Indian journal of veterinary science and animal husbandry - Volumes 28-29, 1958-1959
Year: 1958
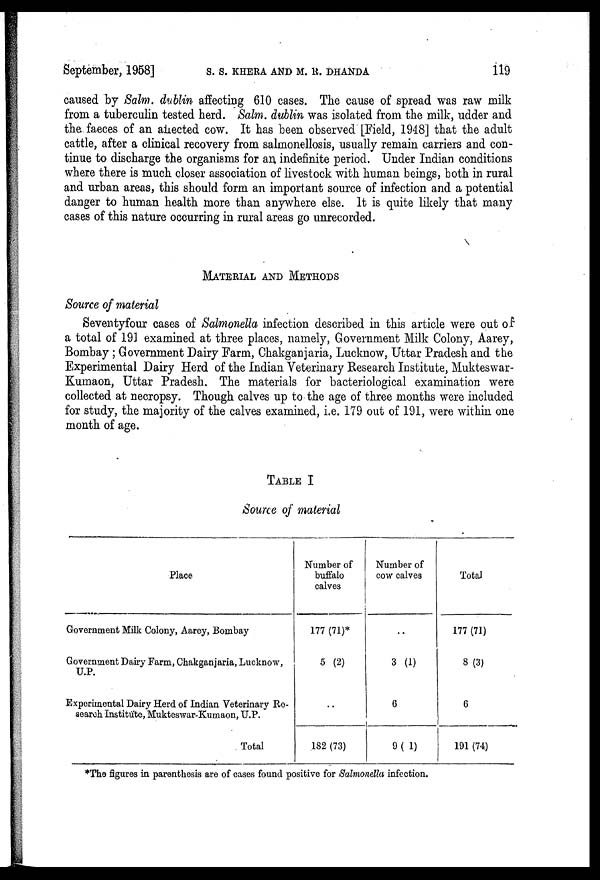
September, 1958]
S.
S.
KHER
AND
M.
R.
DHANDA
119
caused by Salm. dublin affecting 610 cases. The cause of spread was raw milk
from a tuberculin tested herd. Salm. dublin was isolated from the milk, udder and
the faeces of an affected cow. It has been observed [Field, 1948] that the adult
cattle, after a clinical recovery from salmonellosis, usually remain carriers and con-
tinue to discharge the organisms for an indefinite period. Under Indian conditions
where there is much closer association of livestock with human beings, both in rural
and urban areas, this should form an important source of infection and a potential
danger to human health more than anywhere else. It is quite likely that many
cases of this nature occurring in rural areas go unrecorded.
MATERIAL AND METHODS
Source of material
Seventyfour cases of Salmonella infection described in this article were out of
a total of 191 examined at three places, namely, Government Milk Colony, Aarey,
Bombay ; Government Dairy Farm, Chakganjaria, Lucknow, Uttar Pradesh and the
Experimental Dairy Herd of the Indian Veterinary Research Institute, Mukteswar-
Kumaon, Uttar Pradesh. The materials for bacteriological examination were
collected at necropsy. Though calves up to the age of three months were included
for study, the majority of the calves examined, i.e. 179 out of 191, were within one
month of age.
TABLE I
Source of material
Place
Government Milk Colony, Aarey, Bombay
Government Dairy Farm, Chakganjaria, Lucknow,
U.P.
Experimental Dairy Herd of Indian Veterinary Re-
search Institute, Mukteswar-Kumaon, U.P.
Total
Number of
buffalo
calves
177 (71)*
5 (2)
..
182 (73)
Number of
cow calves
..
3 (1)
6
9 (1)
Total
177 (71)
8 (3)
6
191 (74)
*The figures in parenthesis are of cases found positive for Salmonella infection.